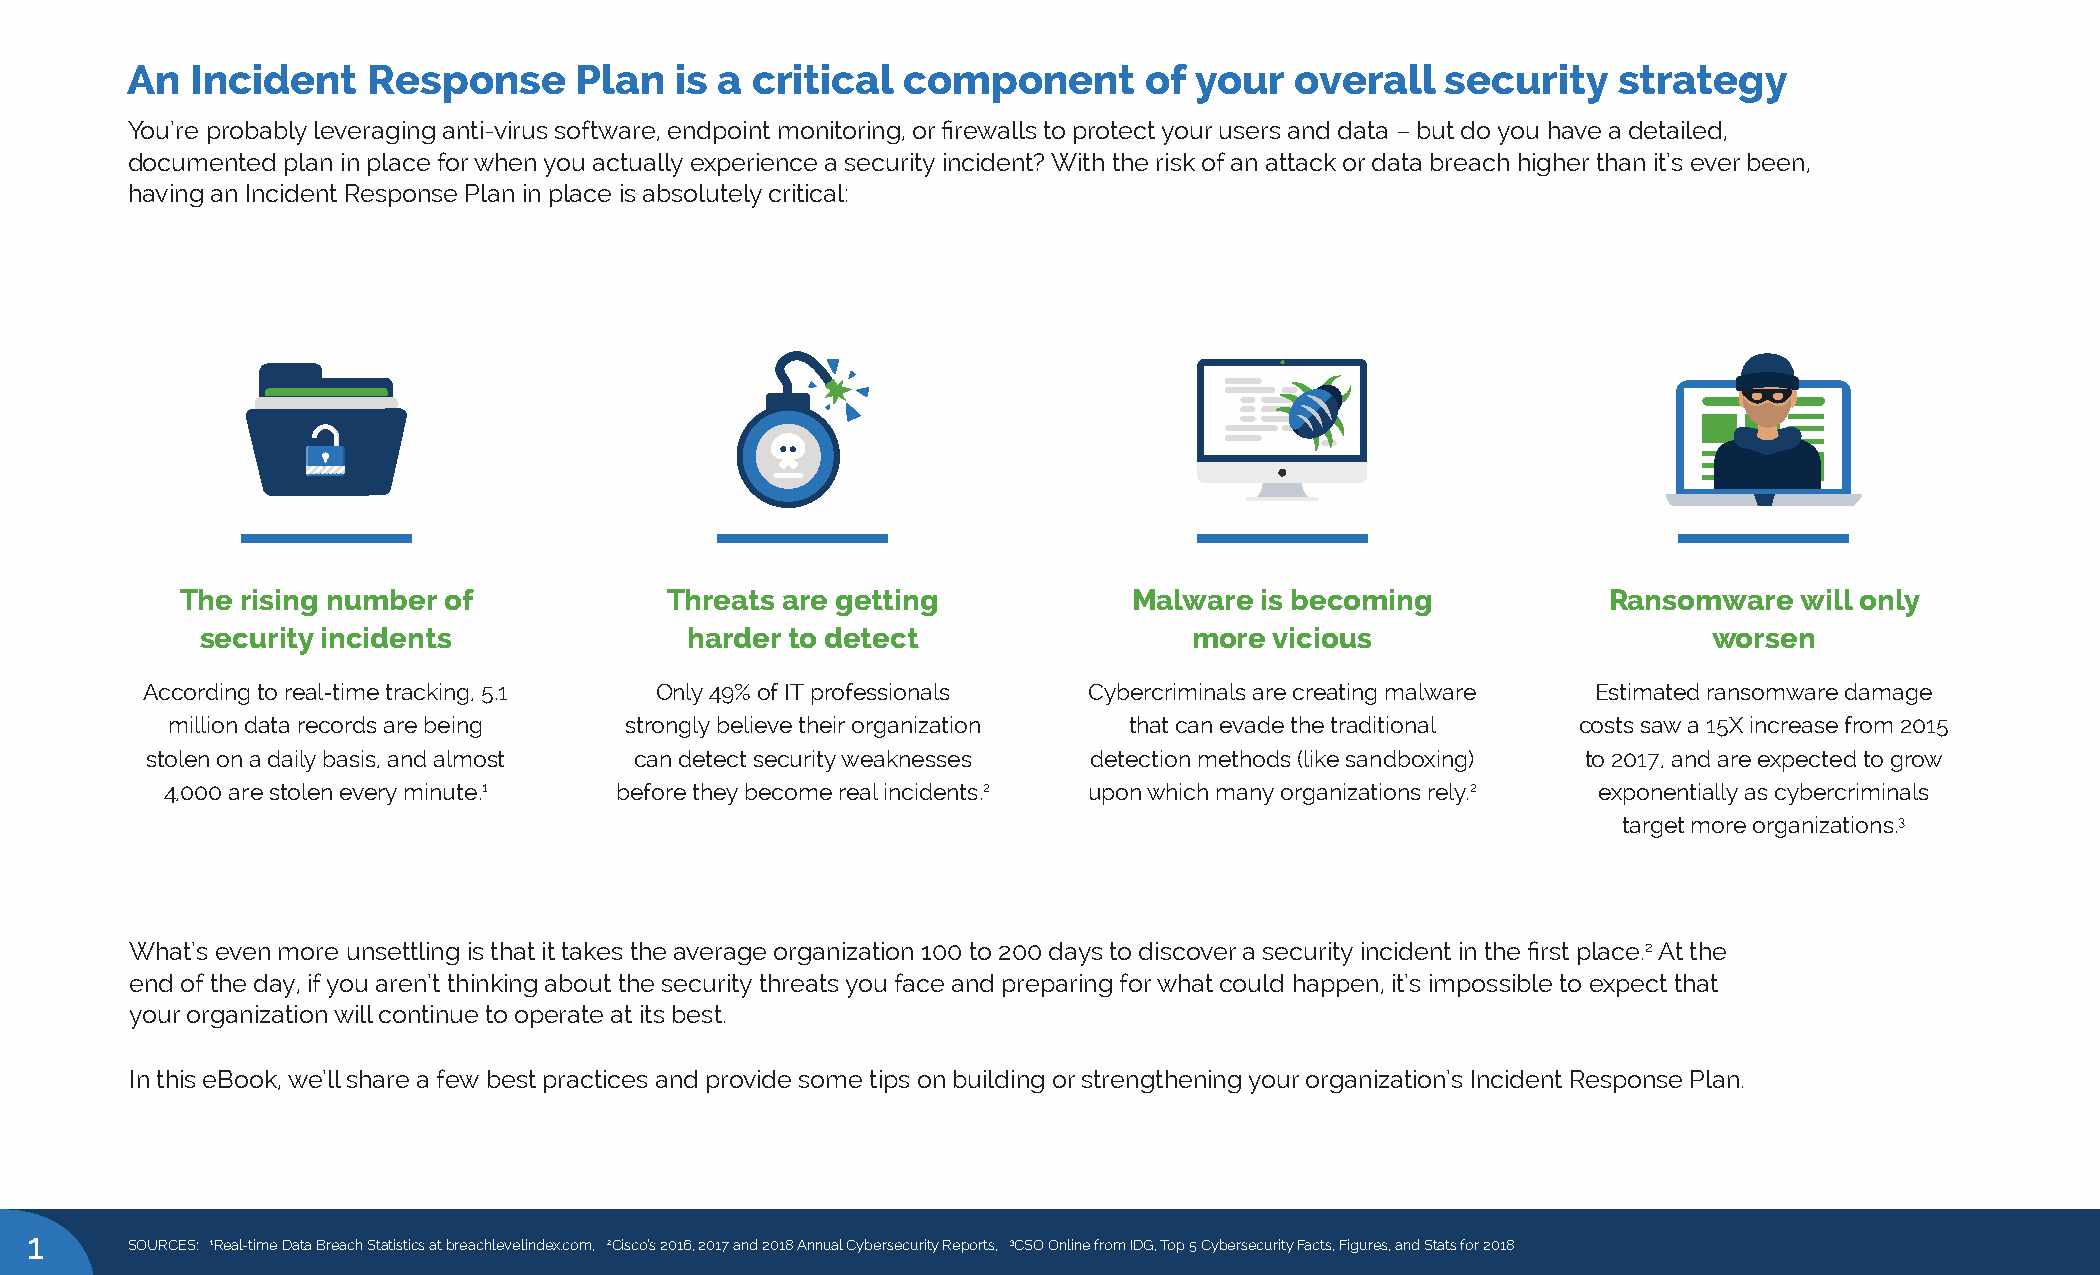
An   Incident   Response      Plan   is a critical  component       of your   overall   security   strategy
 You’re probably leveraging anti-virus software, endpoint monitoring, or firewalls to protect your users and data – but do you have a detailed,
 documented plan in place for when you actually experience a security incident? With the risk of an attack or data breach higher than it’s ever been,
 having an Incident Response Plan in place is absolutely critical:
 The rising number of            Threats are getting            Malware is becoming             Ransomware  will only
 security incidents              harder to detect                  more vicious                      worsen
 According to real-time tracking, 5.1 Only 49% of IT professionals Cybercriminals are creating malware Estimated ransomware damage
 million data records are being strongly believe their organization that can evade the traditional costs saw a 15X increase from 2015
 stolen on a daily basis, and almost can detect security weaknesses detection methods (like sandboxing) to 2017, and are expected to grow
 4,000 are stolen every minute.1 before they become real incidents.2 upon which many organizations rely.2 exponentially as cybercriminals
 target more organizations.3
 What’s even more unsettling is that it takes the average organization 100 to 200 days to discover a security incident in the first place.2 At the
 end of the day, if you aren’t thinking about the security threats you face and preparing for what could happen, it’s impossible to expect that
 your organization will continue to operate at its best.
 In this eBook, we’ll share a few best practices and provide some tips on building or strengthening your organization’s Incident Response Plan.
 1
 SOURCES: 1Real-time Data Breach Statistics at breachlevelindex.com, 2Cisco’s 2016, 2017 and 2018 Annual Cybersecurity Reports, 3CSO Online from IDG, Top 5 Cybersecurity Facts, Figures, and Stats for 2018